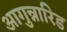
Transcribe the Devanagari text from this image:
आगुन्नारिड